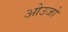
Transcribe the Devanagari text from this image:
ओउजो